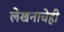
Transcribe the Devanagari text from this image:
लेखनाचेही